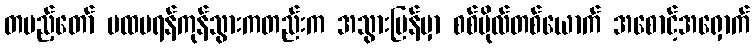
တပည့်တော် ပထမရန်ကုန်သွားကတည်းက အသွားပြန်မှာ စစ်ဗိုလ်တစ်ယောက် အစောင့်အရှောက်